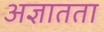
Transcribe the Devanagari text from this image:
अज्ञातता